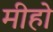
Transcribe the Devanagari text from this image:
मीहो